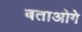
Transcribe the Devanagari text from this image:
बताओगे